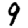
Digit: 9